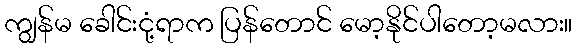
ကျွန်မ ခေါင်းငုံ့ရာက ပြန်တောင် မော့နိုင်ပါတော့မလား။